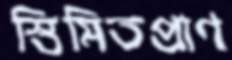
স্তিমিতপ্রাণ